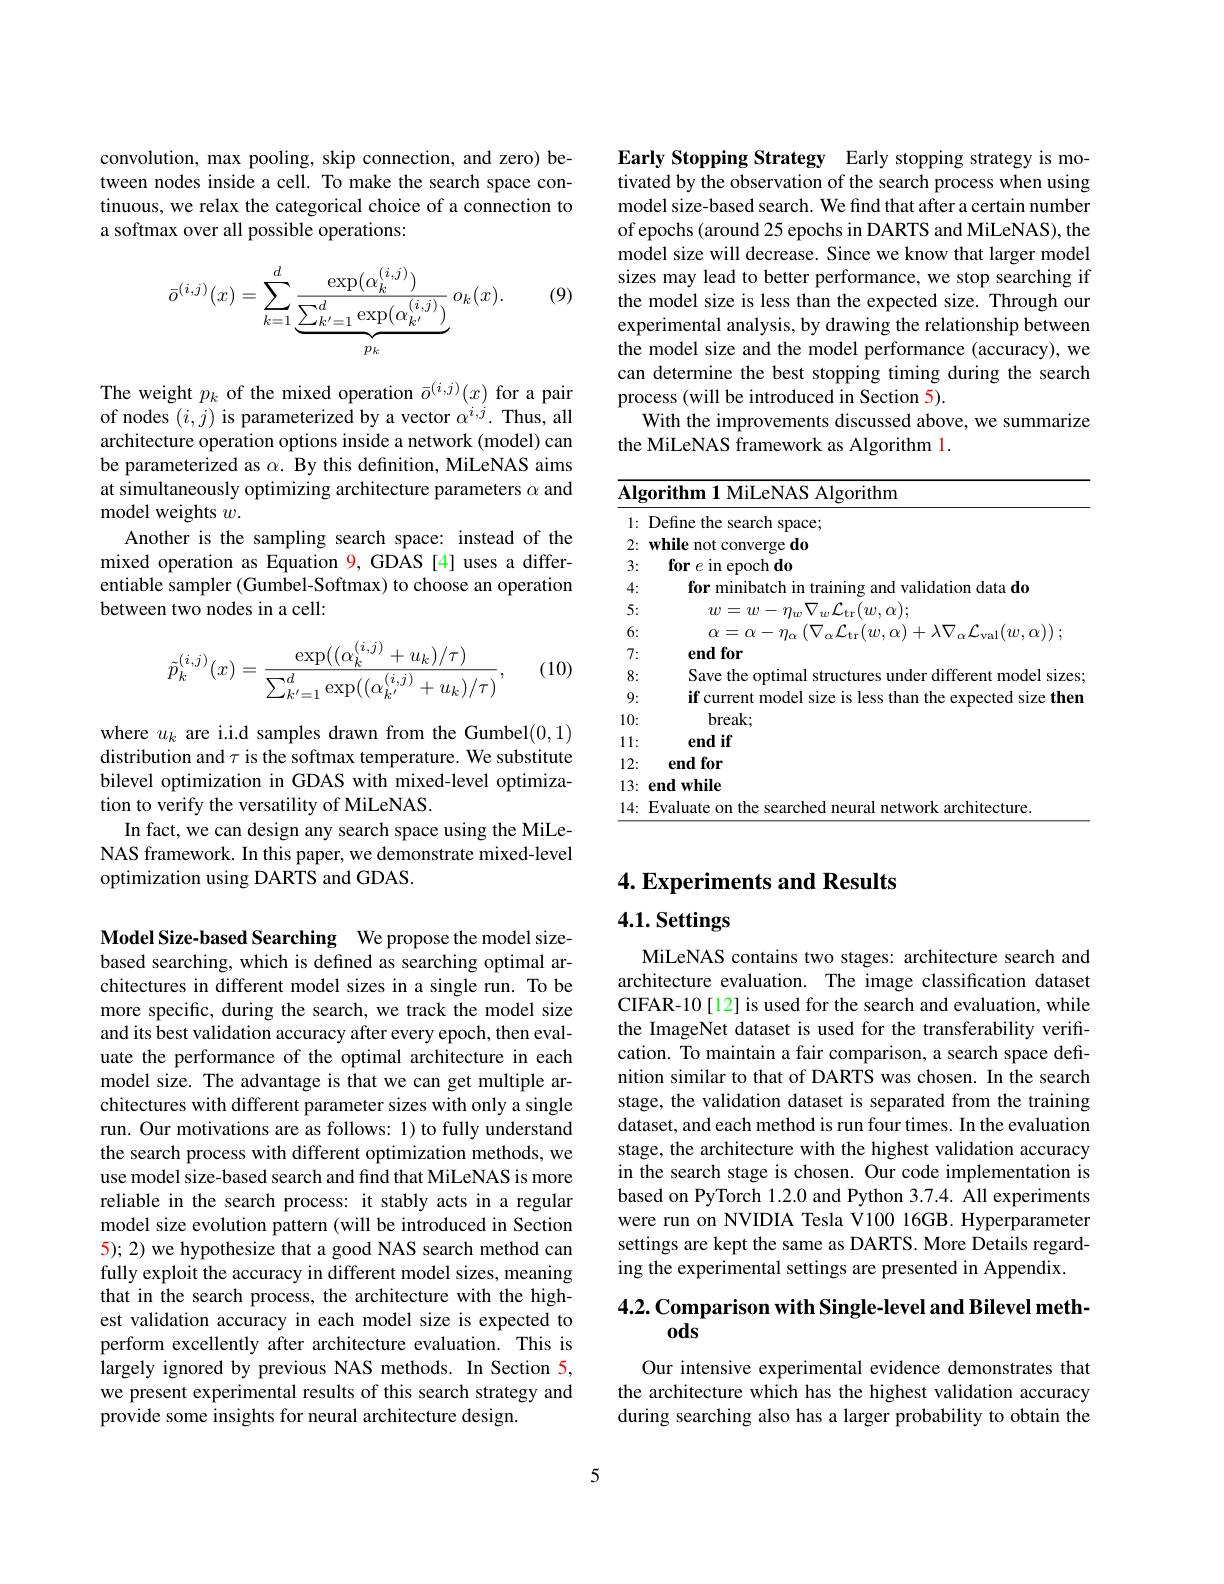
convolution, max pooling, skip connection, and zero) between nodes inside a cell. To make the search space continuous, we relax the categorical choice of a connection to a softmax over all possible operations:

(9)
$$\bar{o}^{(i,j)}(x)=\sum_{k=1}^d\frac{\exp(\alpha_k^{(i,j)})}{\underbrace{\sum_{k'=1}^d\exp(\alpha_{k'}^{(i,j)})}_{p_k}}\:o_k(x).$$
The weight $p_k$ of the mixed operation $\bar{o}^{(i,j)}(x)$ for a pair of nodes $(i,j)$ is parameterized by a vector $\alpha^i,j.$ Thus, all architecture operation options inside a network (model) can be parameterized as $\alpha.$ By this definition, MiLeNAS aims at simultaneously optimizing architecture parameters $\alpha$ and model weights $w.$
Another is the sampling search space: instead of the mixed operation as Equation 9, GDAS [4] uses a differentiable sampler (Gumbel-Softmax) to choose an operation between two nodes in a cell:

(10)
$$\tilde{p}_k^{(i,j)}(x)=\frac{\exp((\alpha_k^{(i,j)}+u_k)/\tau)}{\sum_{k'=1}^d\exp((\alpha_{k'}^{(i,j)}+u_k)/\tau)},$$
where $u_k$ are i.i.d samples drawn from the Gumbel(0,1) distribution and $\tau$ is the softmax temperature. We substitute bilevel optimization in GDAS with mixed-level optimization to verify the versatility of MiLeNAS.
In fact, we can design any search space using the MiLeNAS framework. In this paper, we demonstrate mixed-level optimization using DARTS and GDAS.

Model Size-based Searching We propose the model sizebased searching, which is defined as searching optimal architectures in different model sizes in a single run. To be more specific, during the search, we track the model size and its best validation accuracy after every epoch, then evaluate the performance of the optimal architecture in each model size. The advantage is that we can get multiple architectures with different parameter sizes with only a single run. Our motivations are as follows: 1) to fully understand the search process with different optimization methods, we use model size-based search and find that MiLeNAS is more reliable in the search process: it stably acts in a regular model size evolution pattern (will be introduced in Section 5); 2) we hypothesize that a good NAS search method can fully exploit the accuracy in different model sizes, meaning that in the search process, the architecture with the highest validation accuracy in each model size is expected to perform excellently after architecture evaluation. This is $\hat{\text{largely ignored by previous NAS methods. In Section 5,}}$ we present experimental results of this search strategy and provide some insights for neural architecture design.

Early Stopping Strategy Early stopping strategy is motivated by the observation of the search process when using model size-based search. We find that after a certain number of epochs (around 25 epochs in DARTS and MiLeNAS), the model size will decrease. Since we know that larger model sizes may lead to better performance, we stop searching if the model size is less than the expected size. Through our experimental analysis, by drawing the relationship between the model size and the model performance (accuracy), we can determine the best stopping timing during the search process (will be introduced in Section 5).
With the improvements discussed above, we summarize
the MiLeNAS framework as Algorithm 1.

<table>
	<tbody>
		<tr>
			<td>$\overline{\mathbf{Alg}}$ $\frac{1}{2}=\frac{1}{2}$ T</td>
			<td>$\textbf{orithm 1 MiLeNAS Algorithm}$</td>
		</tr>
		<tr>
			<td>1: - 1 1 </td>
			<td>Define the search space;</td>
		</tr>
		<tr>
			<td>2:</td>
			<td>$\mathbf{while}$ $\because not$ converge do</td>
		</tr>
		<tr>
			<td>3:</td>
			<td>$\textbf{for }e$ in epoch do</td>
		</tr>
		<tr>
			<td>4: 1 </td>
			<td>for munihatch validation data do</td>
		</tr>
		<tr>
			<td>5:</td>
			<td>$\nabla_{w}\mathcal{L}_{\mathrm{tr}}(w,\alpha);$ $w=w-$</td>
		</tr>
		<tr>
			<td>6:</td>
			<td>$\int_{1001}(w,w)$</td>
		</tr>
		<tr>
			<td>7:</td>
			<td>end for</td>
		</tr>
		<tr>
			<td>8:</td>
			<td>Save the dittere model sizes ontimal</td>
		</tr>
		<tr>
			<td>9:</td>
			<td>if current rmodels l size then cted</td>
		</tr>
		<tr>
			<td>10:</td>
			<td>$break;$</td>
		</tr>
		<tr>
			<td>11: 1 </td>
			<td>end if</td>
		</tr>
		<tr>
			<td>12:</td>
			<td>end for</td>
		</tr>
		<tr>
			<td>13:</td>
			<td>end while</td>
		</tr>
		<tr>
			<td>14: </td>
			<td>F.valuate rchitecture</td>
		</tr>
	</tbody>
</table>

## 4. Experiments and Results

# 4.1. Settings

MiLeNAS contains two stages: architecture search and architecture evaluation. The image classification dataset CIFAR-10[12] is used for the search and evaluation, while the ImageNet dataset is used for the transferability verification. To maintain a fair comparison, a search space definition similar to that of DARTS was chosen. In the search stage, the validation dataset is separated from the training dataset, and each method is run four times. In the evaluation stage, the architecture with the highest validation accuracy in the search stage is chosen. Our code implementation is based on PyTorch 1.2.0 and Python 3.7.4. All experiments were run on NVIDIA Tesla V100 16GB. Hyperparameter settings are kept the same as DARTS. More Details regarding the experimental settings are presented in Appendix.

## 4.2. Comparison with Single-level and Bilevel meth- $0ds$

Our intensive experimental evidence demonstrates that the architecture which has the highest validation accuracy during searching also has a larger probability to obtain the

5